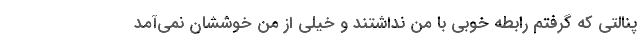
پنالتی که گرفتم رابطه خوبی با من نداشتند و خیلی از من خوششان نمی‌آمد